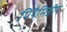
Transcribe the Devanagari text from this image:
पिरैमिडीय